Leaving Certificate Examination, 1907
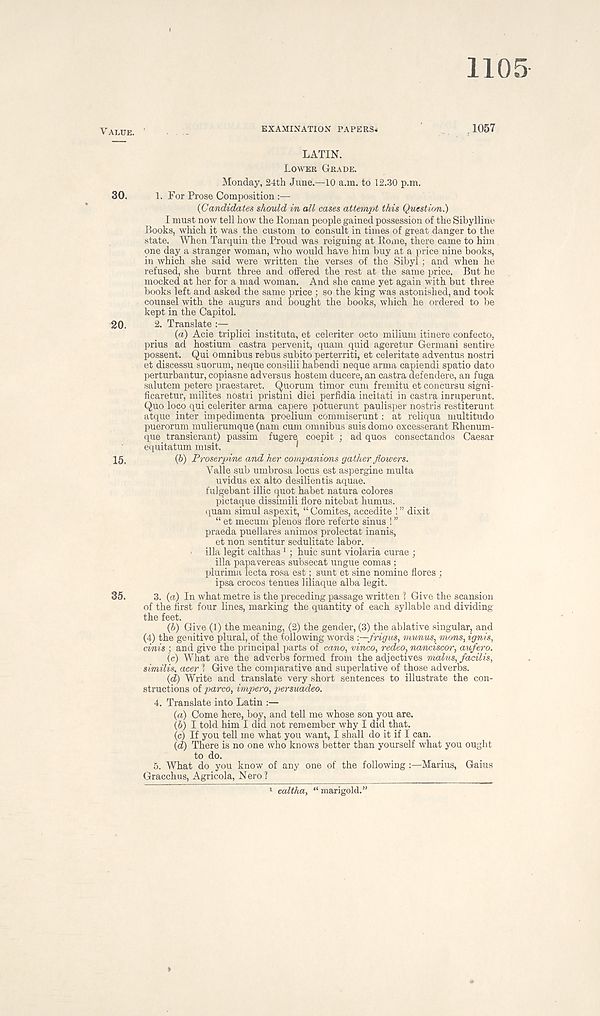
1105
VALUE.
EXAMINATION PAPERS*
1057
LATIN.
LOWER GRADE.
Monday, 24th June.—10 a.m. to 12.30 p.m.
30.
1. For Prose Composition :—
(Candidates should in all cases attempt this Question.)
I must now tell how the Roman people gained possession of the Sibylline
Books, which it was the custom to consult in times of great danger to the
state. When Tarquin the Proud was reigning at Rome, there came to him
one day a stranger woman, who would have him buy at a price nine books,
in which she said were written the verses of the Sibyl ; and when he
refused, she burnt three and offered the rest at the same price. But he
mocked at her for a mad woman. And she came yet again with but three
books left and asked the same price ; so the king was astonished, and took
counsel with the augurs and bought the books, which he ordered to be
kept in the Capitol.
20.
2. Translate :—
(a) Acie triplici instituta, et celeriter octo milium itinere confecto,
prius ad hostium castra pervenit, quam quid ageretur Germani sentire
possent. Qui omnibus rebus subito perterriti, et celeritate adventus nostri
et discessu suorum, neque consilii habendi neque arma capiendi spatio dato
perturbantur, copiasne adversus hostem ducere, an castra defenders, an fuga
salutem petere praestaret. Quorum timor cum fremitu et concursu signi-
ficaretur, milites nostri pristini diei perfidia incitati in castra inruperunt.
Quo loco qui celeriter arma capere potuerunt paulisper nostris restiterunt
atque inter impedimenta proelium commiserunt: at reliqua multitude
puerorum mulierumque (nam cum omnibus suis domo excesserant Rhenum-
que transierant) passim fugere coepit ; ad quos consectandos Caesar
equitatum misit.
*
15,
(6) Proserpine and her companions gather flowers.
Yalle sub umbrosa locus est aspergine multa
uvidus ex alto desilientis aquae,
fulgebant illic quot habet natura colores
pictaque dissimili fiore nitebat humus,
quam simul aspexit, “ Comites, accedite ! ” dixit
“ et mecum plenos flore referte sinus ! ”
praeda pueilares animos prolectat inanis,
et non sentitur sedulitate labor,
ilia legit calthas 1 ; huic sunt violaria curae ;
ilia papavereas subsecat ungue comas ;
plurima lecta rosa est; sunt et sine nomine flores ;
ipsa crocos tenues liliaque alba legit.
35.
3. (a) In what metre is the preceding passage written % Give the scansion
of the first four lines, marking the quantity of each syllable and dividing
the feet.
(6) Give (1) the meaning, (2) the gender, (3) the ablative singular, and
(4) the genitive plural, of the following words -.—frigus, mu/nus, mans, ignis,
cinis ; and give the principal parts of cano, vinco, redeo, nanciscor, aufero.
(c) What are the adverbs formed from the adjectives malus, facilis,
similis, acer 1 Give the comparative and superlative of those adverbs.
(d) Write and translate very short sentences to illustrate the con-
structions of parco, impero, persuadeo.
4. Translate into Latin :—
(а) Come here, boy, and tell me whose son you are.
(б) I told him I did not remember why I did that.
(c) If you tell me what you want, I shall do it if I can.
(d) There is no one who knows better than yourself what you ought
to do.
5. What do you know of any one of the following :—Marius, Gains
Gracchus, Agricola, N ero ?
caltha, “ marigold.”